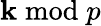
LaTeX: \mathbf{k}{\bmod{p}}